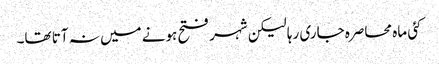
کئی ماہ محاصرہ جاری رہا لیکن شہر فتح ہونے میں نہ آتا تھا۔